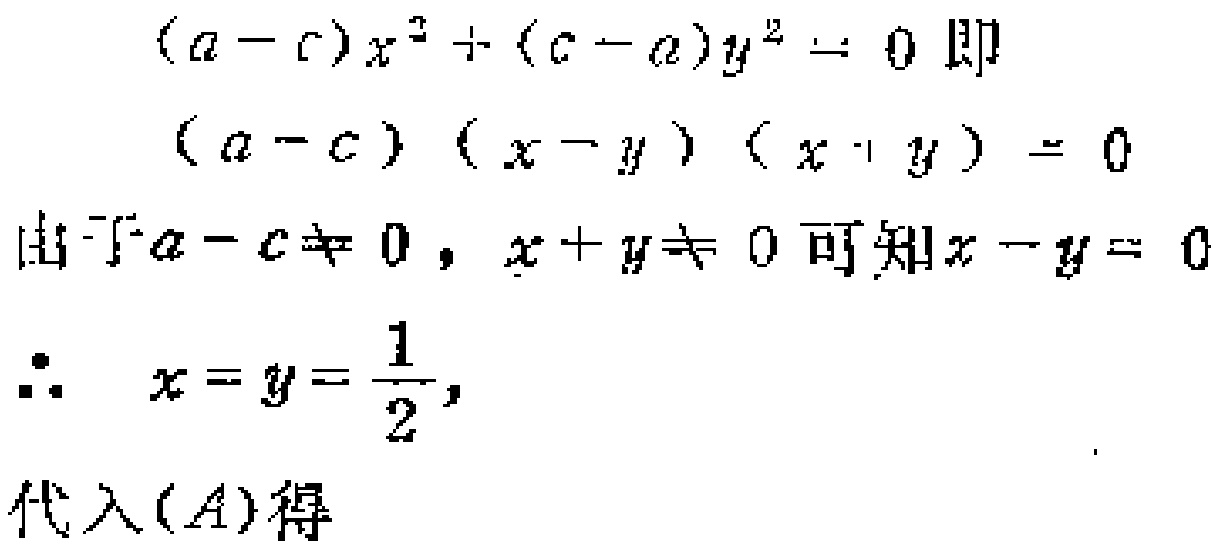
\[(a - c)x^{2}+(c - a)y^{2}=0即\]
\[(a - c)(x - y)(x + y)=0\]
由于\(a - c\neq0\)，\(x + y\neq0\)可知\(x - y = 0\)
\[\therefore x=y=\frac{1}{2},\]
代入\((A)\)得